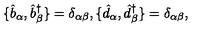
\{ \hat { b } _ { \alpha } , \hat { b } _ { \beta } ^ { \dagger } \} = \delta _ { \alpha \beta } , \{ \hat { d } _ { \alpha } , \hat { d } _ { \beta } ^ { \dagger } \} = \delta _ { \alpha \beta } ,